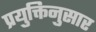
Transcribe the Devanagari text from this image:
प्रयुक्तिनुसार